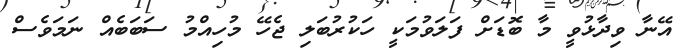
އޭނާ ވިދާޅުވީ މާ ބޮޑަށް ފަލަވުމަކީ ހަކުރުބަލި ޖެހޭ މުހިއްމު ސަބަބެއް ނަމަވެސް